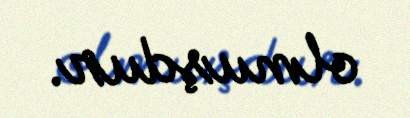
olmuşdur.